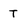
Character: T